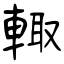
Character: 輙